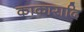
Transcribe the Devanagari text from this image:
काकारादि